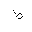
Letter: _da